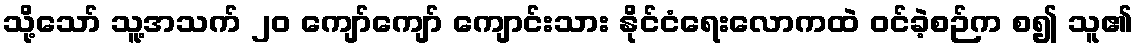
သို့သော် သူ့အသက် ၂၀ ကျော်ကျော် ကျောင်းသား နိုင်ငံရေးလောကထဲ ဝင်ခဲ့စဉ်က စ၍ သူ၏